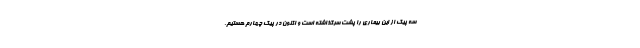
سه پیک از این بیماری را پشت سرگذاشته است و اکنون در پیک چهارم هستیم.